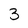
Character: 3